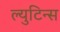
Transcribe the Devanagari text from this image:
ल्युटिन्स